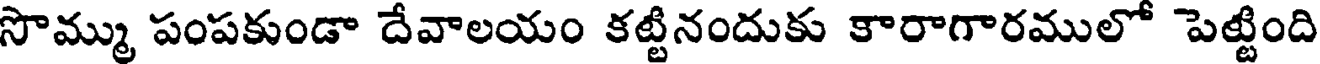
సొమ్ము పంపకుండా దేవాలయం కట్టినందుకు కారాగారములో పెట్టింది